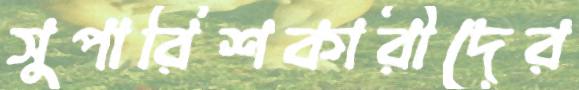
সুপারিশকারীদের